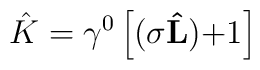
\hat K=\gamma ^0\left[ ({\bf \sigma \hat L)+}1\right]